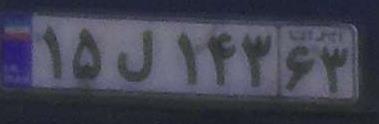
۱۵ل۱۴۳۶۳